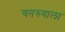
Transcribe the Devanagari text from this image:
चतरुवाला